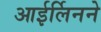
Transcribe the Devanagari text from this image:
आईर्लिनने